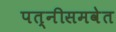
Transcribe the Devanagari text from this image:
पत्‍नीसमवेत